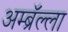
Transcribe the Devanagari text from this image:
अम्ब्रॅल्ला